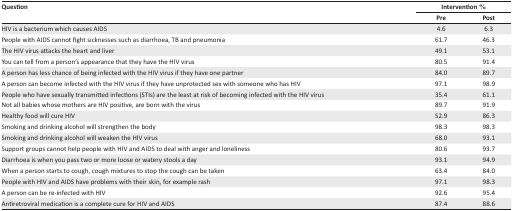
| <ROWSPAN=3> Question | <COLSPAN=2> Intervention % |
 | Pre | Post |
 | --- | --- | --- |
 | HIV is a bacterium which causes AIDS | 4.6 | 6.3 |
 | People with AIDS cannot fight sicknesses such as diarrhoea, TB and pneumonia | 61.7 | 46.3 |
 | The HIV virus attacks the heart and liver | 49.1 | 53.1 |
 | You can tell from a person's appearance that they have the HIV virus | 80.5 | 91.4 |
 | A person has less chance of being infected with the HIV virus if they have one partner | 84.0 | 89.7 |
 | A person can become infected with the HIV virus if they have unprotected sex with someone who has HIV | 97.1 | 98.9 |
 | People who have sexually transmitted infections (STIs) are the least at risk of becoming infected with the HIV virus | 35.4 | 61.1 |
 | Not all babies whose mothers are HIV positive, are born with the virus | 89.7 | 91.9 |
 | Healthy food will cure HIV | 52.9 | 86.3 |
 | Smoking and drinking alcohol will strengthen the body | 98.3 | 98.3 |
 | Smoking and drinking alcohol will weaken the HIV virus | 68.0 | 93.1 |
 | Support groups cannot help people with HIV and AIDS to deal with anger and loneliness | 80.6 | 93.7 |
 | Diarrhoea is when you pass two or more loose or watery stools a day | 93.1 | 94.9 |
 | When a person starts to cough, cough mixtures to stop the cough can be taken | 63.4 | 84.0 |
 | People with HIV and AIDS have problems with their skin, for example rash | 97.1 | 98.3 |
 | A person can be re-infected with HIV | 92.6 | 95.4 |
 | Antiretroviral medication is a complete cure for HIV and AIDS | 87.4 | 88.6 |